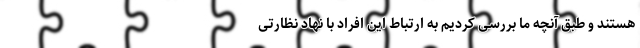
هستند و طبق آنچه ما بررسی کردیم به ارتباط این افراد با نهاد نظارتی